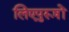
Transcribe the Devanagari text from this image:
लिएपुरूषों